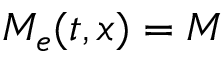
M _ { e } ( t , x ) = M